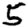
Digit: 5